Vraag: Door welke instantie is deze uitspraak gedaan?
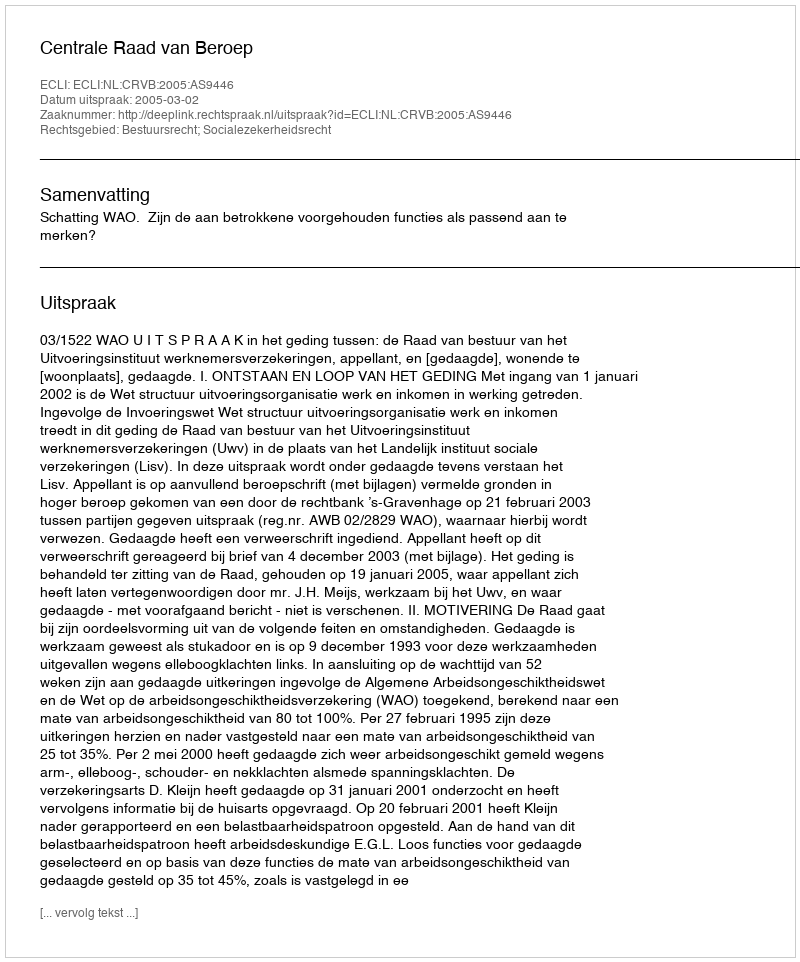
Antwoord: Centrale Raad van Beroep